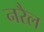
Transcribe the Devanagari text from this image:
नरैल